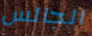
الجالس